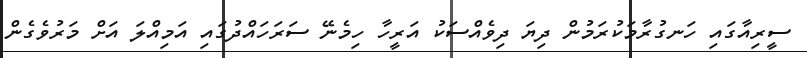
ސީރިއާގައި ހަނގުރާމަކުރަމުން ދިޔަ ދިވެއްސަކު އަރީހާ ހިމެނޭ ސަރަހައްދުގައި އަމިއްލަ އަށް މަރުވެގެން